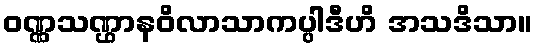
ဝဏ္ဏသဏ္ဌာနဝိလာသာကပ္ပါဒီဟိ အသဒိသာ။